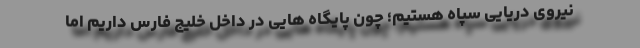
نیروی دریایی سپاه هستیم؛ چون پایگاه هایی در داخل خلیج فارس داریم اما